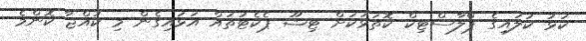
ކަޅު ކުލައިގެ ޕްލާސްޓިކް ކޮތަޅަކަށް ޓިޝޫ ޕެކެޓުތައް އަޅައިގެން މި ކުއްޖާ ކޮންމެ